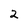
Character: 2